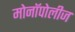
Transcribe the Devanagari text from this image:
मोनॉपोलीज